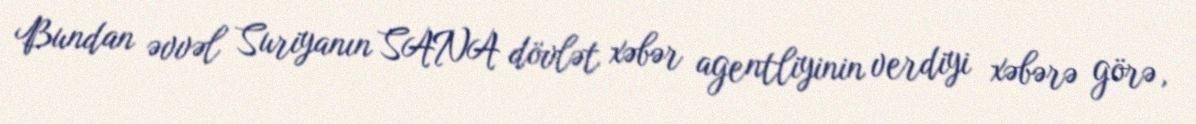
Bundan əvvəl Suriyanın SANA dövlət xəbər agentliyinin verdiyi xəbərə görə,